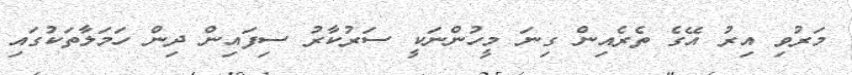
މަރުވި އިރު އޭގެ ތެރެއިން ގިނަ މީހުންނަކީ ސަރުކާރު ސިފައިން ދިން ހަމަލާތަކުގައި